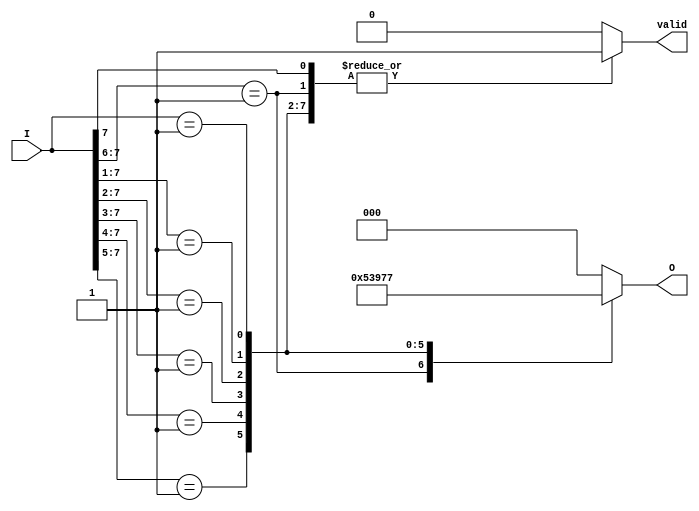
module encoder_8to3 (
    input wire [7:0] I,    // 8 input lines
    output reg [2:0] O,    // 3-bit output
    output reg valid        // Output valid signal
);

always @(*) begin
    // Default output for invalid state
    O = 3'b000; // Default output
    valid = 1'b0; // Default valid signal

    // Priority encoding
    casez (I)
        8'b1??????? : begin O = 3'b000; valid = 1'b1; end // I[0]
        8'b01?????? : begin O = 3'b001; valid = 1'b1; end // I[1]
        8'b001????? : begin O = 3'b010; valid = 1'b1; end // I[2]
        8'b0001???? : begin O = 3'b011; valid = 1'b1; end // I[3]
        8'b00001??? : begin O = 3'b100; valid = 1'b1; end // I[4]
        8'b000001?? : begin O = 3'b101; valid = 1'b1; end // I[5]
        8'b0000001? : begin O = 3'b110; valid = 1'b1; end // I[6]
        8'b00000001 : begin O = 3'b111; valid = 1'b1; end // I[7]
        default: begin
            O = 3'b000; // Invalid state output
            valid = 1'b0; // Invalid state
        end
    endcase
end

endmodule